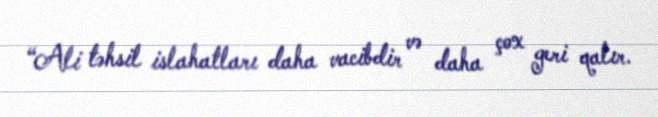
“Ali təhsil islahatları daha vacibdir və daha çox geri qalır.